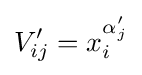
V_{ij}'=x_{i}^{\alpha _{j}'}